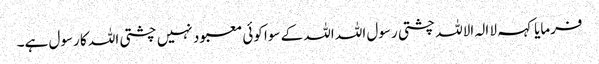
فرمایا کہہ لا الہ الاللہ چشتی رسول اللہ اللہ کے سوا کوئی معبود نہیں چشتی اللہ کا رسول ہے۔